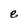
Character: e